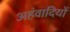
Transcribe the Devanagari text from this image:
अहंवादियों